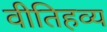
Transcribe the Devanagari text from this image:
वीतिहव्य